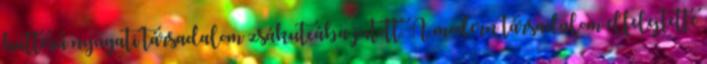
hátterű nyugati társadalom zsákutcába jutott. A modern társadalom elfelejtette